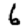
Digit: 6